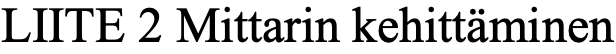
LIITE 2 Mittarin kehittäminen